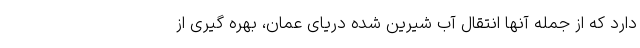
دارد ‌که از جمله آنها انتقال آب شیرین شده دریای عمان، بهره گیری از